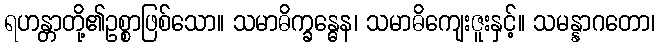
ရဟန္တာတို့၏ဥစ္စာဖြစ်သော။ သမာဓိက္ခန္ဓေန၊ သမာဓိကျေးဇူးနှင့်။ သမန္နာဂတော၊